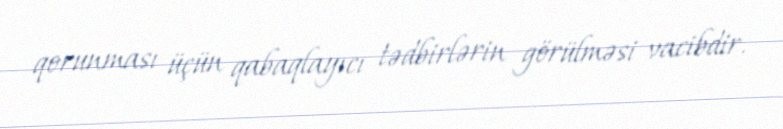
qorunması üçün qabaqlayıcı tədbirlərin görülməsi vacibdir.